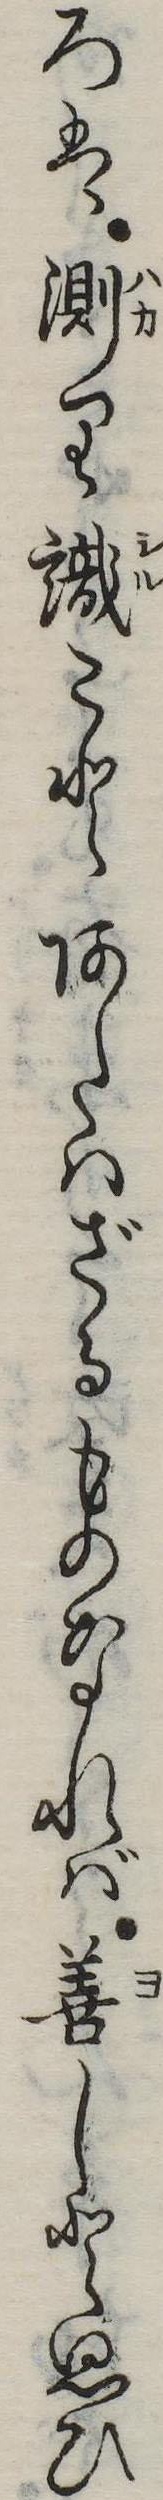
ろは測り識ことあたはざるものなれば善しと思ひ